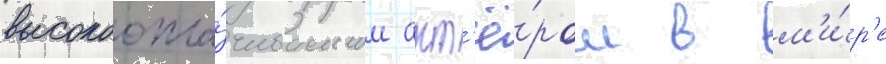
высокоопла́чиваемым акт'ё́ром в м'и́р'е